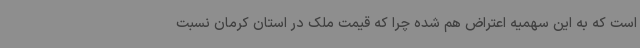
است که به این سهمیه اعتراض هم شده چرا که قیمت ملک در استان کرمان نسبت